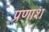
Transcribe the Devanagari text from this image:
प्रणाश